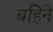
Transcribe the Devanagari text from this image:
बहिने